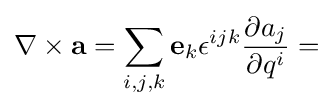
\nabla \times \mathbf {a} =\sum _{i,j,k}\mathbf {e} _{k}\epsilon ^{ijk}{\frac {\partial a_{j}}{\partial q^{i}}}=